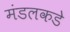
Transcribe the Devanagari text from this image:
मंडलकडे